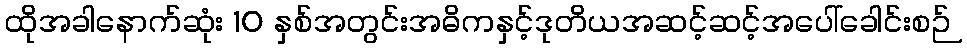
ထိုအခါနောက်ဆုံး 10 နှစ်အတွင်းအဓိကနှင့်ဒုတိယအဆင့်ဆင့်အပေါ်ခေါင်းစဉ်